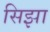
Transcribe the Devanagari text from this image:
सिझा